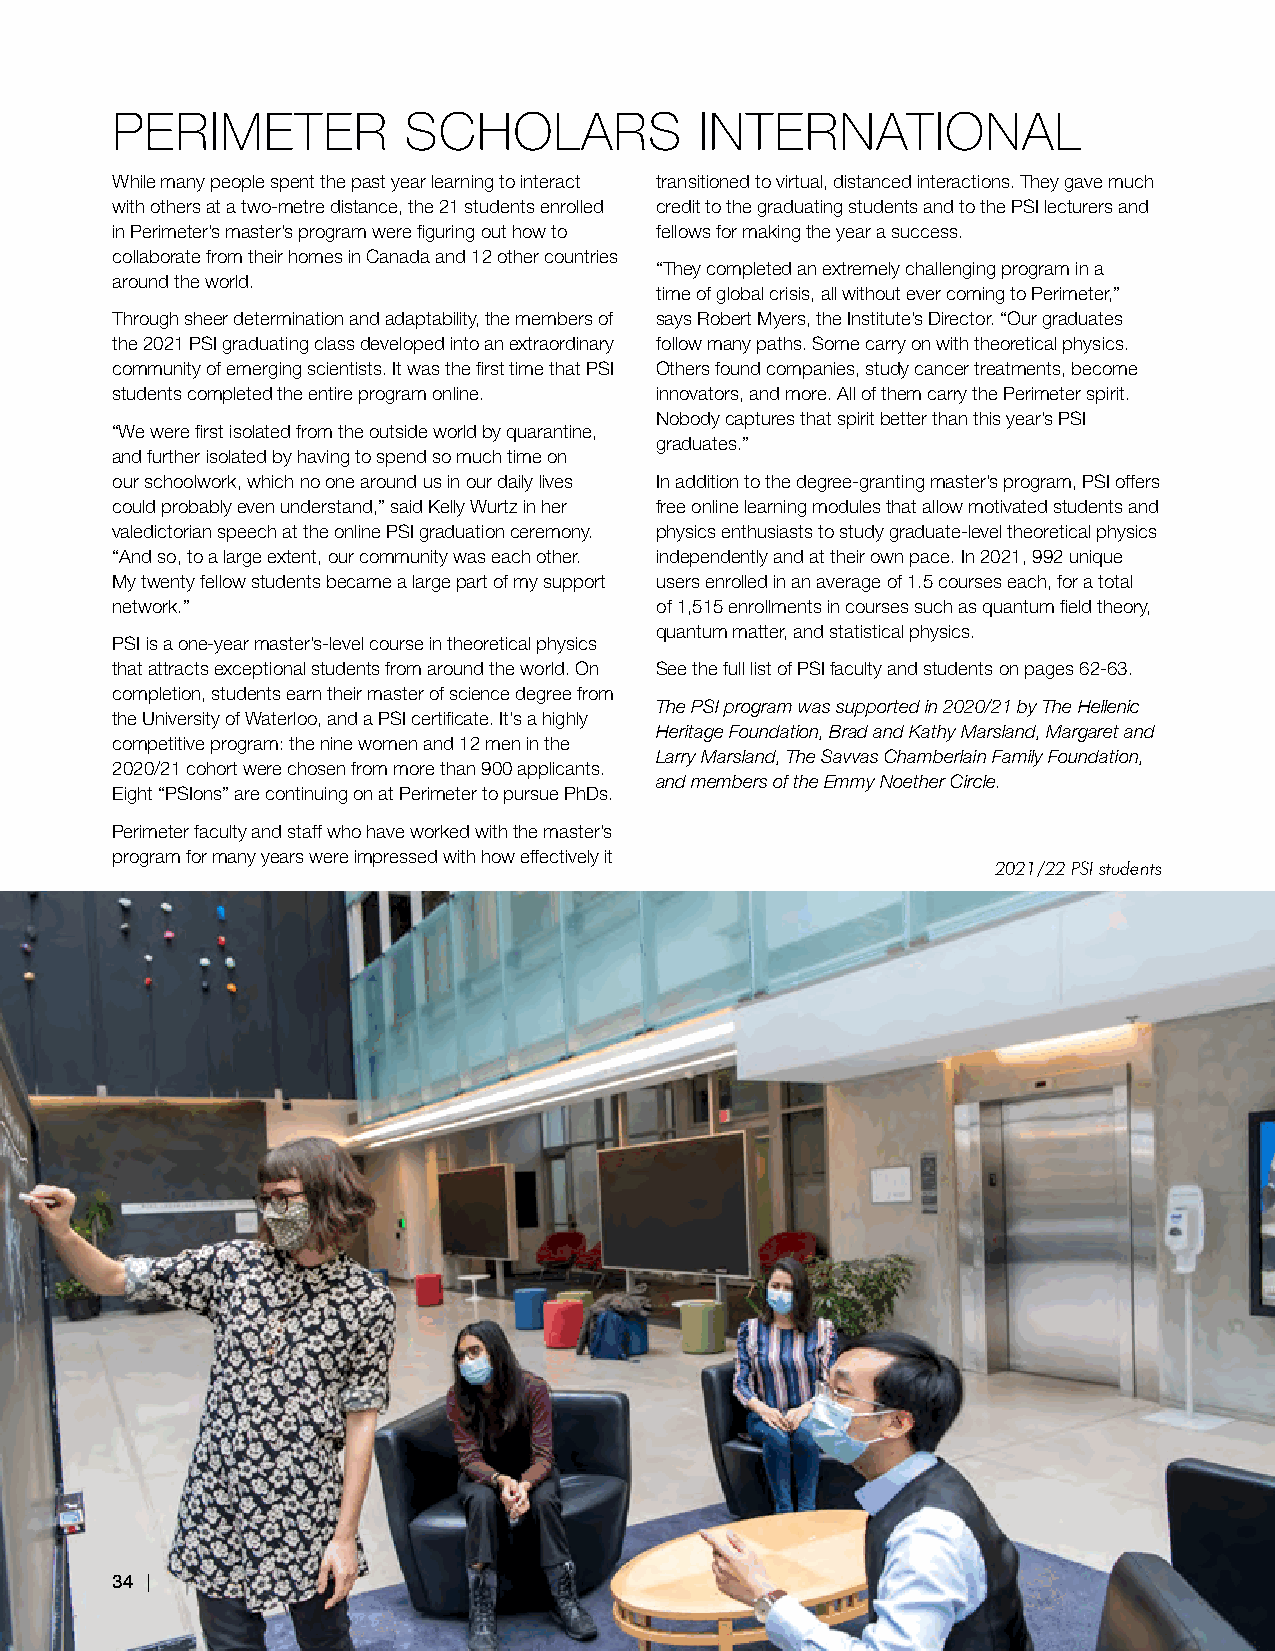
PERIMETER           SCHOLARS           INTERNATIONAL
 While many people spent the past year learning to interact transitioned to virtual, distanced interactions. They gave much
 with others at a two-metre distance, the 21 students enrolled credit to the graduating students and to the PSI lecturers and
 in Perimeter’s master’s program were figuring out how to fellows for making the year a success.
 collaborate from their homes in Canada and 12 other countries
 “They completed an extremely challenging program in a
 around the world.
 time of global crisis, all without ever coming to Perimeter,”
 Through sheer determination and adaptability, the members of says Robert Myers, the Institute’s Director. “Our graduates
 the 2021 PSI graduating class developed into an extraordinary follow many paths. Some carry on with theoretical physics.
 community of emerging scientists. It was the first time that PSI Others found companies, study cancer treatments, become
 students completed the entire program online. innovators, and more. All of them carry the Perimeter spirit.
 Nobody captures that spirit better than this year’s PSI
 “We were first isolated from the outside world by quarantine,
 graduates.”
 and further isolated by having to spend so much time on
 our schoolwork, which no one around us in our daily lives In addition to the degree-granting master’s program, PSI offers
 could probably even understand,” said Kelly Wurtz in her free online learning modules that allow motivated students and
 valedictorian speech at the online PSI graduation ceremony. physics enthusiasts to study graduate-level theoretical physics
 “And so, to a large extent, our community was each other. independently and at their own pace. In 2021, 992 unique
 My twenty fellow students became a large part of my support users enrolled in an average of 1.5 courses each, for a total
 network.”                           of 1,515 enrollments in courses such as quantum field theory,
 quantum matter, and statistical physics.
 PSI is a one-year master’s-level course in theoretical physics
 that attracts exceptional students from around the world. On See the full list of PSI faculty and students on pages 62-63.
 completion, students earn their master of science degree from
 The PSI program was supported in 2020/21 by The Hellenic
 the University of Waterloo, and a PSI certificate. It’s a highly
 Heritage Foundation, Brad and Kathy Marsland, Margaret and
 competitive program: the nine women and 12 men in the
 Larry Marsland, The Savvas Chamberlain Family Foundation,
 2020/21 cohort were chosen from more than 900 applicants.
 and members of the Emmy Noether Circle.
 Eight “PSIons” are continuing on at Perimeter to pursue PhDs.
 Perimeter faculty and staff who have worked with the master’s
 program for many years were impressed with how effectively it
 2021/22 PSI students
 333444 |||